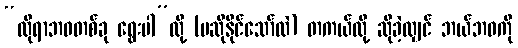
“လိုရာဘဝတစ်ခု ရွေးပါ”လို့ (မဆိုနိုင်သော်လဲ) တကယ်လို့ ဆိုခဲ့လျှင် ဘယ်ဘဝကို